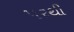
પરથી